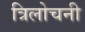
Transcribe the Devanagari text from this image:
त्रिलोचनी